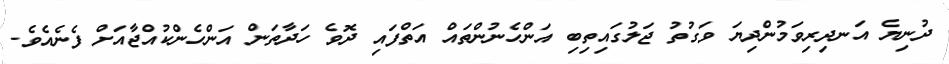
ދުނިޔެ އަނދިރިވަމުންދިޔަ ވަގުތު ޖަލުގައިތިބި އަންހެނުންތައް އަތްފައި ދޮވެ ހަދާތަން އަންހެންކުއްޖާއަށް ފެނެއެވެ.